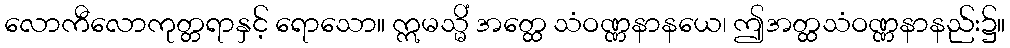
လောကီလောကုတ္တရာနှင့် ရောသော။ ဣမသ္မိံ အတ္ထေ သံဝဏ္ဏနာနယေ၊ ဤအတ္ထသံဝဏ္ဏနာနည်း၌။